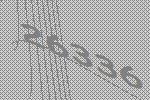
26336